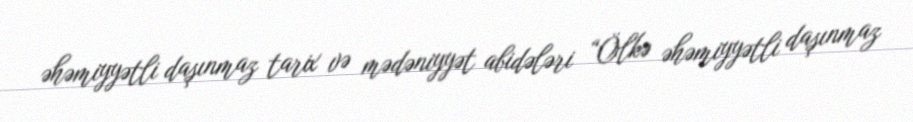
əhəmiyyətli daşınmaz tarix və mədəniyyət abidələri “Ölkə əhəmiyyətli daşınmaz